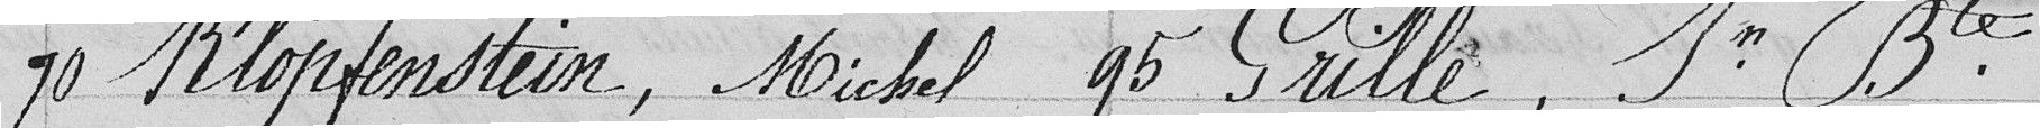
70 Klopfenstein, Michel 95 Grille, In Bte